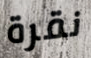
نقرة